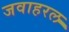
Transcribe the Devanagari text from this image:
जवाहरल